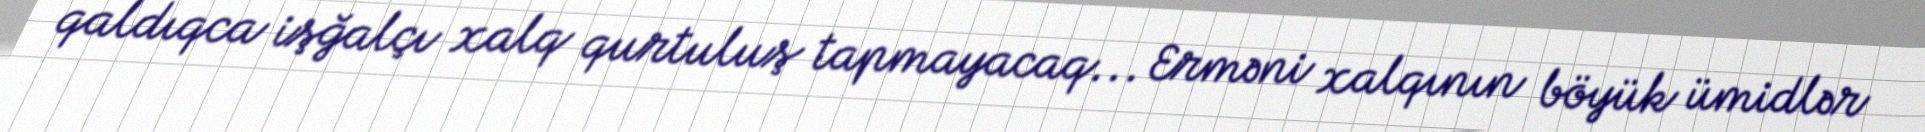
qaldıqca işğalçı xalq qurtuluş tapmayacaq... Erməni xalqının böyük ümidlər